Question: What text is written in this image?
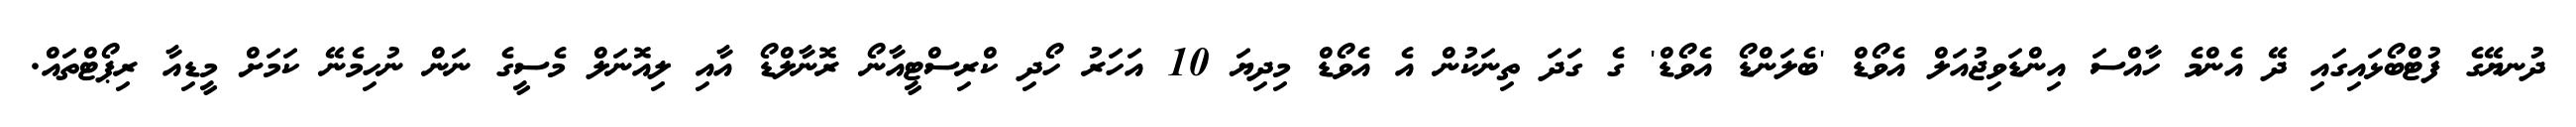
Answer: ދުނޔޭގެ ފުޓްބޯޅައިގައި ދޭ އެންމެ ހާއްސަ އިންޑަވިޖުއަލް އެވޯޑް 'ބެލަންޑޯ އެވޯޑް' ގެ ގަދަ ތިނަކުން އެ އެވޯޑް މިދިޔަ 10 އަހަރު ހޯދި ކްރިސްޓީއާނޯ ރޮނާލްޑޯ އާއި ލިއޮނަލް މެސީގެ ނަން ނުހިމެނޭ ކަމަށް މީޑިއާ ރިޕޯޓްތައް.